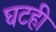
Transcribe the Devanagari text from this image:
घटही